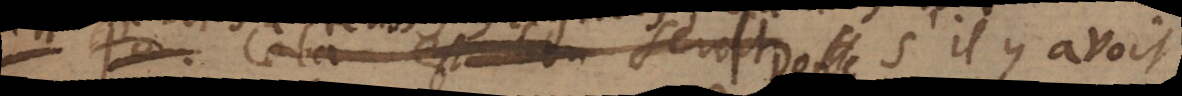
Donc s’il y avoit